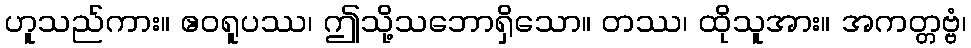
ဟူသည်ကား။ ဧဝရူပဿ၊ ဤသို့သဘောရှိသော။ တဿ၊ ထိုသူအား။ အကတ္တဗ္ဗံ၊